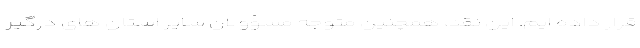
قرار داده ایم. این نقد، همچنین متوجه مسؤولان سایر استان های درگیر